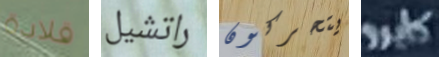
قلادة راتشيل يتحركون كايرو